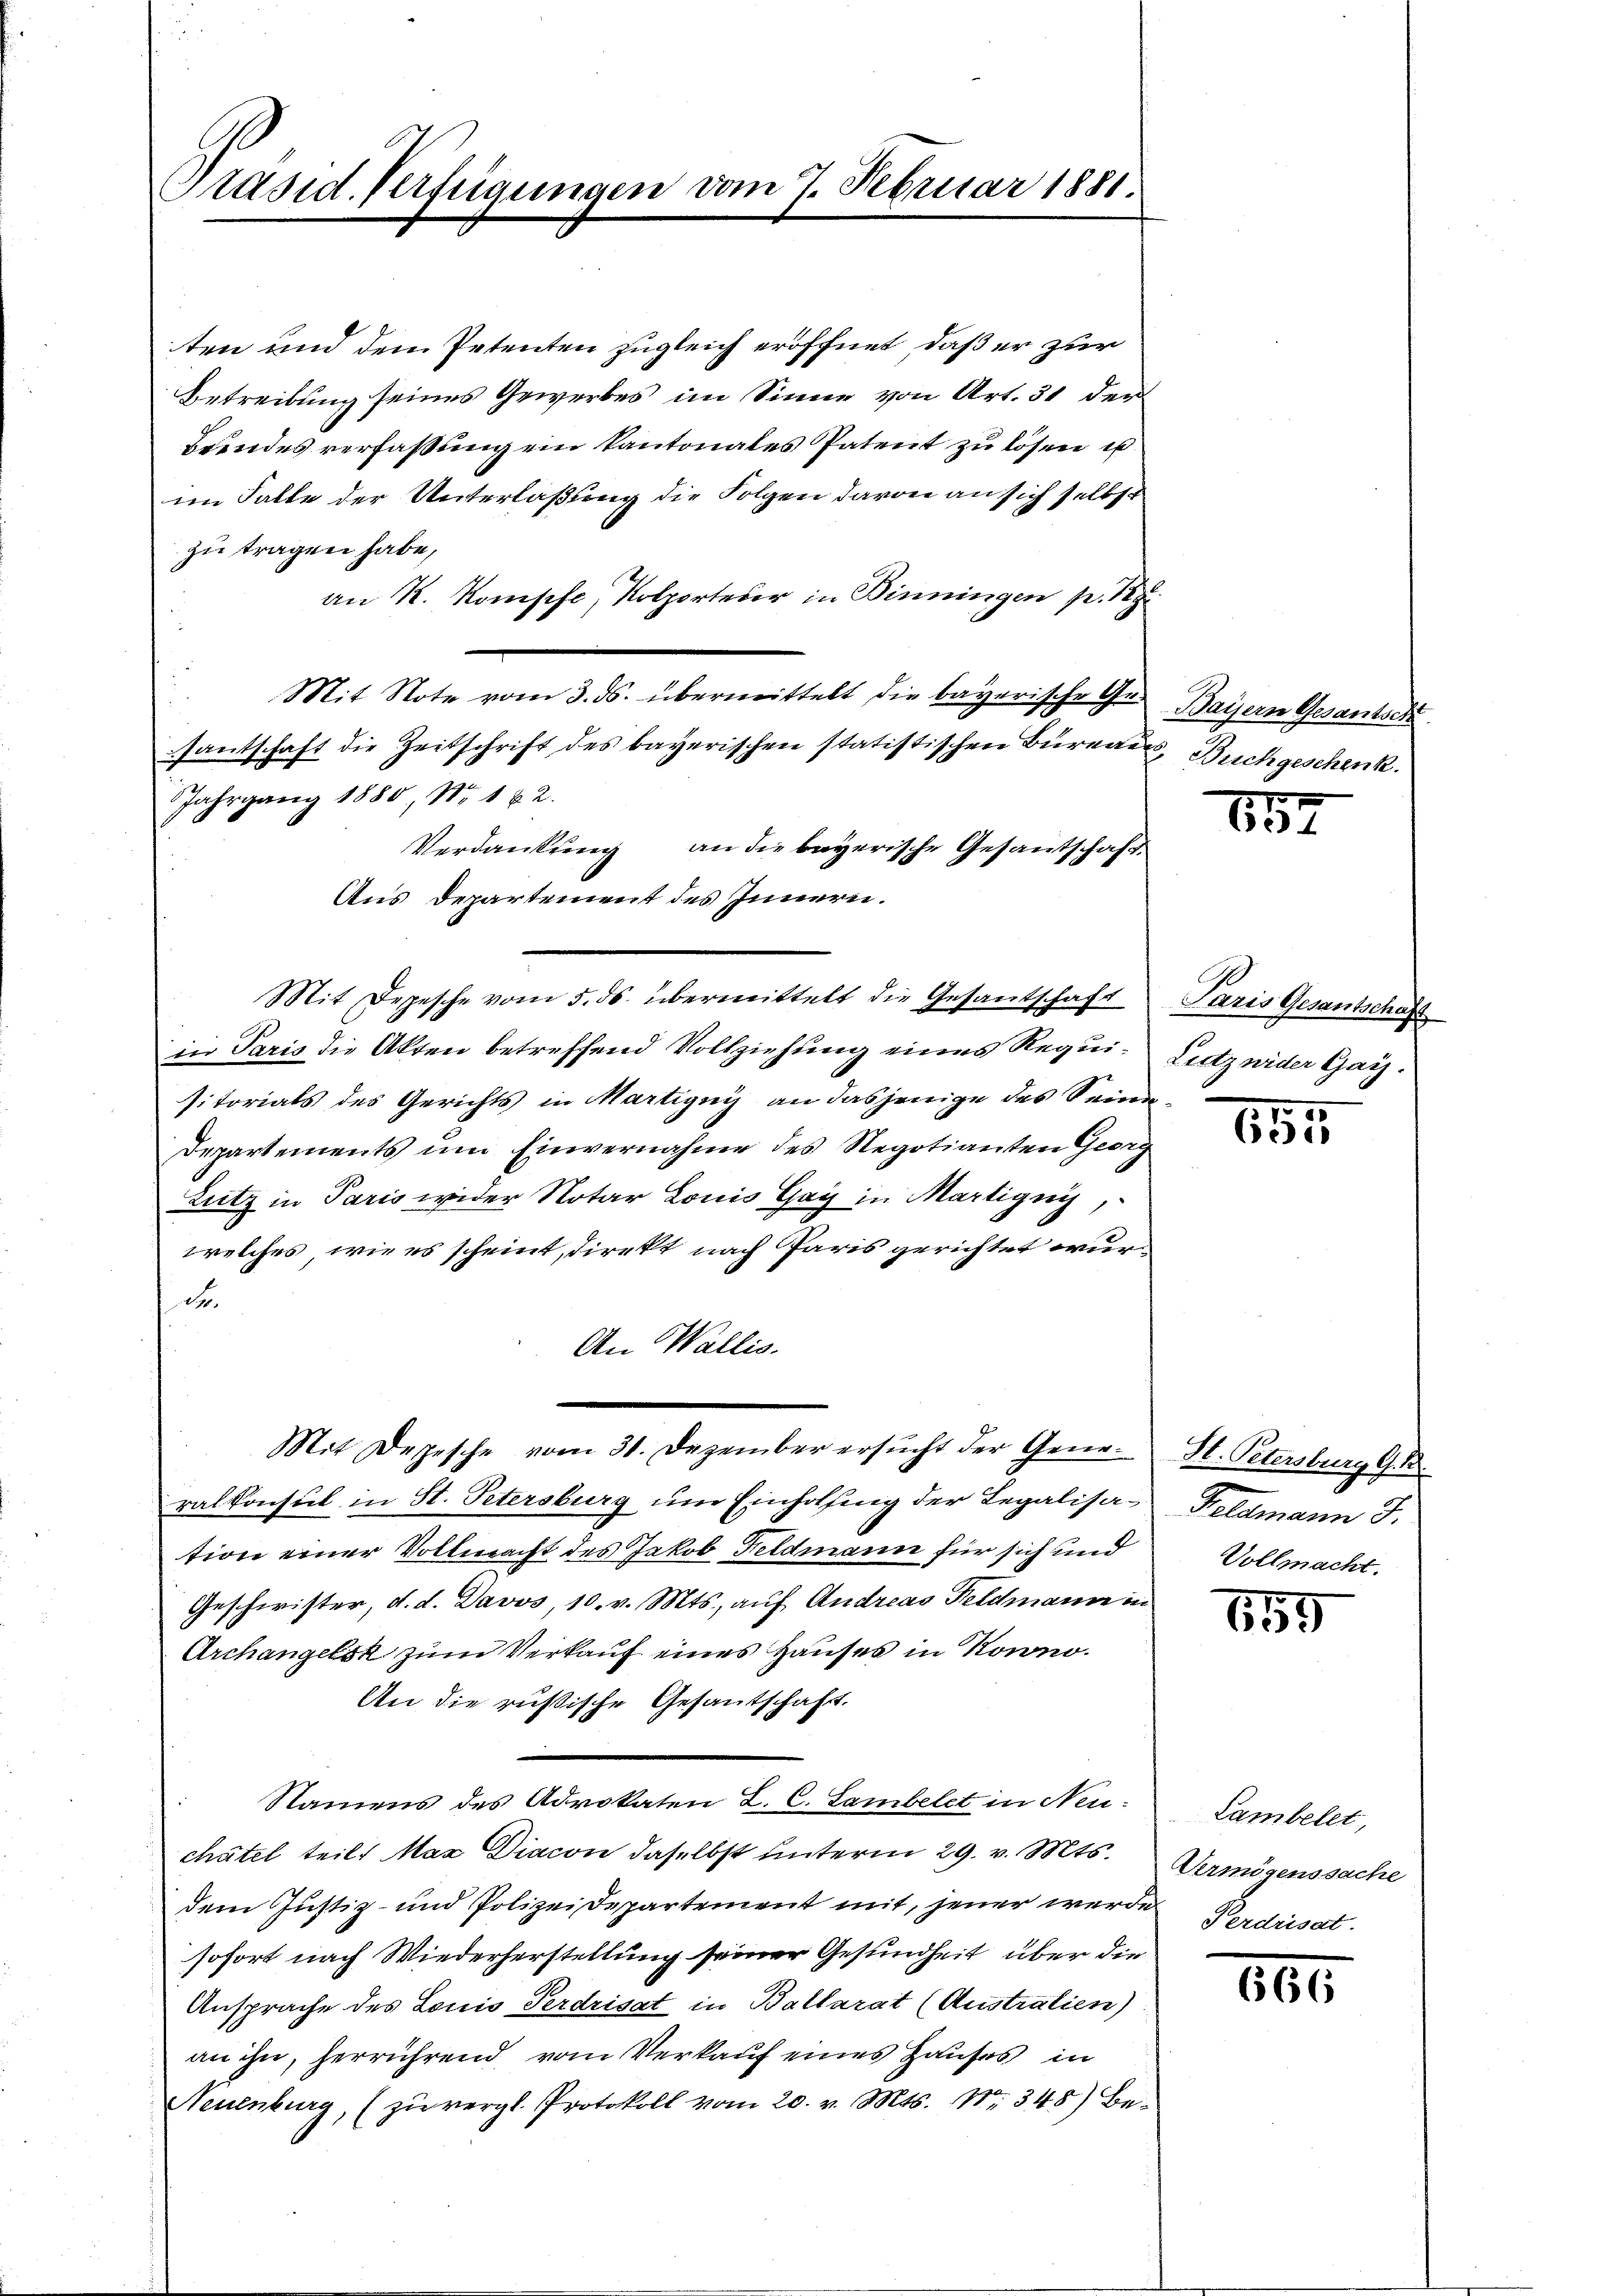
Präsid. Verfügungen vom 7. Februar 1881

ten und dem Petenten zugleich eröffnet, daß er zur
Betreibung seines Gewerbes im Sinne von Art. 31 der
Beendes verfaßung ein kantonales Patent zu lösen u
im Falle der Unterlaßung die Folgen davon an sich selbst
zu tragen habe,
an R. Kompfe, Kolporteser in Binningen p. 129
Mit Note vom 3. ds. übermittelt die bayerische Gesantschaft die Zeitschrift des bayerischen statistischen Bureaus Buchgeschenk.
Jahrgang 1880, No. 1 u. 2.
Verdankung an die bayerische Gesantschaft.
Aus Departement des Innern.
Mit Depesche vom 5. ds. übermittelt die Gesandschaft
in Paris die Akten betreffend Vollziehung eines Requisitorials des Gerichts in Martigny an dasjenige des Seine
Departements um Einvernahme des Regotianten Georg
Lutz in Paris wider Notar Louis Gay in Martigny,
welches wir es scheint, direkt nach Paris gerichtet wurde
An Wallis.
Mit Depesche vom 31. Dezember ersucht der Generalkonsul in St. Petersburg um Einholfing der Legalisation einer Vollmacht des Jakob Feldmann für sich und
Geschwister, d. d. Davos, 10. v. Mts., auf Andreas Feldmann in
Archangelsk zum Verkauf eines Hauses in Kowno.
An die russische Gesantschaft.
Namens des Advokaten L. C. Lambelet in Neuchatel teil, Maz Diacon daselbst unterm 29. v. Mts.
dem Justiz- und Polizei Departement mit, jener werde Perdrisat
sofort nach Wiederherstellung seiner Gesundheit über die
Ansprache des Louis Ferdrisat in Ballarat (Australien)
an ihn, herrührend vom Verkauf eines Hauses in
Neuenburg, (zŭ vergl. Protokoll vom 20. v. Mts. Nr. 348) Be-

Bayern Gesantsch

857

Paris Gesantschaft
Lietz wider Gais.

655

St. Petersburg G. B.
Feldmann J.
Vollmacht.

159

Lambelet,
Vermögenssache

800